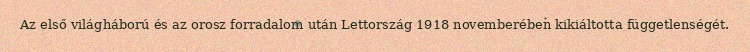
Az első világháború és az orosz forradalom után Lettország 1918 novemberében kikiáltotta függetlenségét.